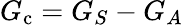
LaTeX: G_{\mathrm{c}}=G_{S}-G_{A}